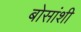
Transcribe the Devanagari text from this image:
बोसांशी